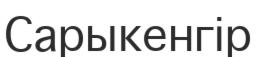
Сарыкенгір